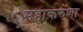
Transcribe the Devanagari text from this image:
महाकरुणा